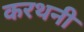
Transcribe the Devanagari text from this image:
करथनी